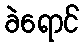
ခဲရောင်